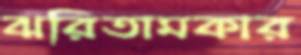
ঝরিতামকার